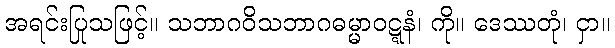
အရင်းပြုသဖြင့်။ သဘာဂဝိသဘာဂဓမ္မာဝဋ္ဋနံ၊ ကို။ ဒေဿတုံ၊ ငှာ။